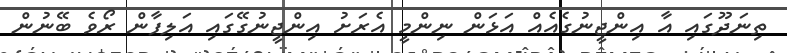
ތިނަދޫގައި އާ އިންޖީނުގެއެއް އަޅަން ނިންމީ އެރަށު އިންޖީނުގޭގައި އަލިފާން ރޯވެ ބޭނުން